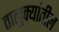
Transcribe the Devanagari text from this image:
तालुक्‍यांतील